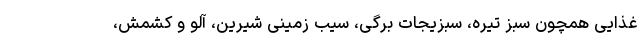
غذایی همچون سبز تیره، سبزیجات برگی، سیب‌ زمینی شیرین، آلو و کشمش،